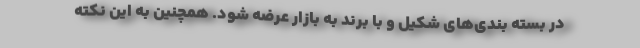
در بسته بندی‌های شکیل و با برند به بازار عرضه شود. همچنین به این نکته